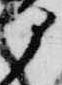
部